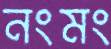
নংমং